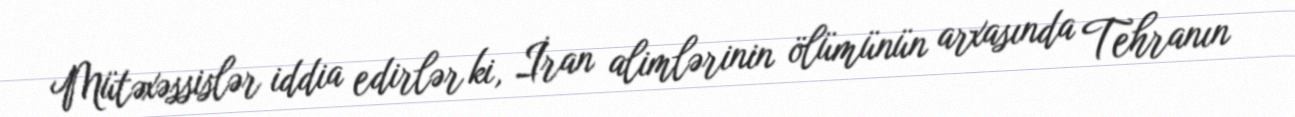
Mütəxəssislər iddia edirlər ki, İran alimlərinin ölümünün arxasında Tehranın